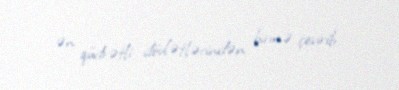
ən qüdrətli dövlətlərindən birinə çevirib.